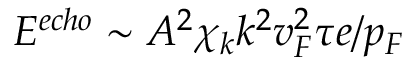
E ^ { e c h o } \sim A ^ { 2 } \chi _ { k } k ^ { 2 } v _ { F } ^ { 2 } \tau e / p _ { F }